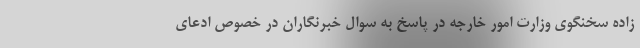
زاده سخنگوی وزارت امور خارجه در پاسخ به سوال خبرنگاران در خصوص ادعای